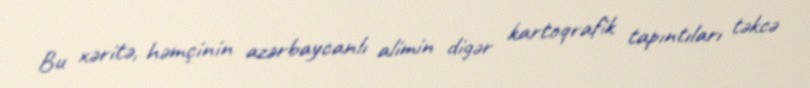
Bu xəritə, həmçinin azərbaycanlı alimin digər kartoqrafik tapıntıları təkcə